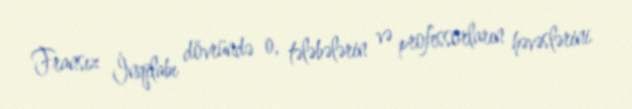
Fransız İnqilabı dövründə o, tələbələrin və professorların həvəslərini